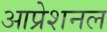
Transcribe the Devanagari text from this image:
आप्रेशनल